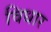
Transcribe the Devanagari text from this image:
विधार